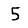
Digit: 5